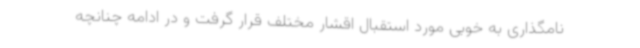
نامگذاری به خوبی مورد استقبال اقشار مختلف قرار گرفت و در ادامه چنانچه